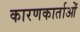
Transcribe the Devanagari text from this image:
कारणकार्ताओं